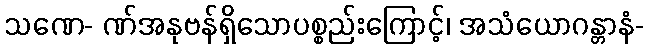
သဏေ- ဏ်အနုဗန်ရှိသောပစ္စည်းကြောင့်၊ အသံယောဂန္တာနံ-